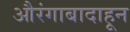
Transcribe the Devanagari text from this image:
औरंगाबादाहून